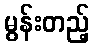
မွန်းတည့်